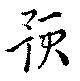
預